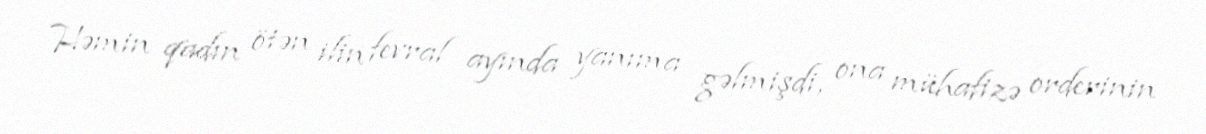
Həmin qadın ötən ilin fevral ayında yanıma gəlmişdi, ona mühafizə orderinin